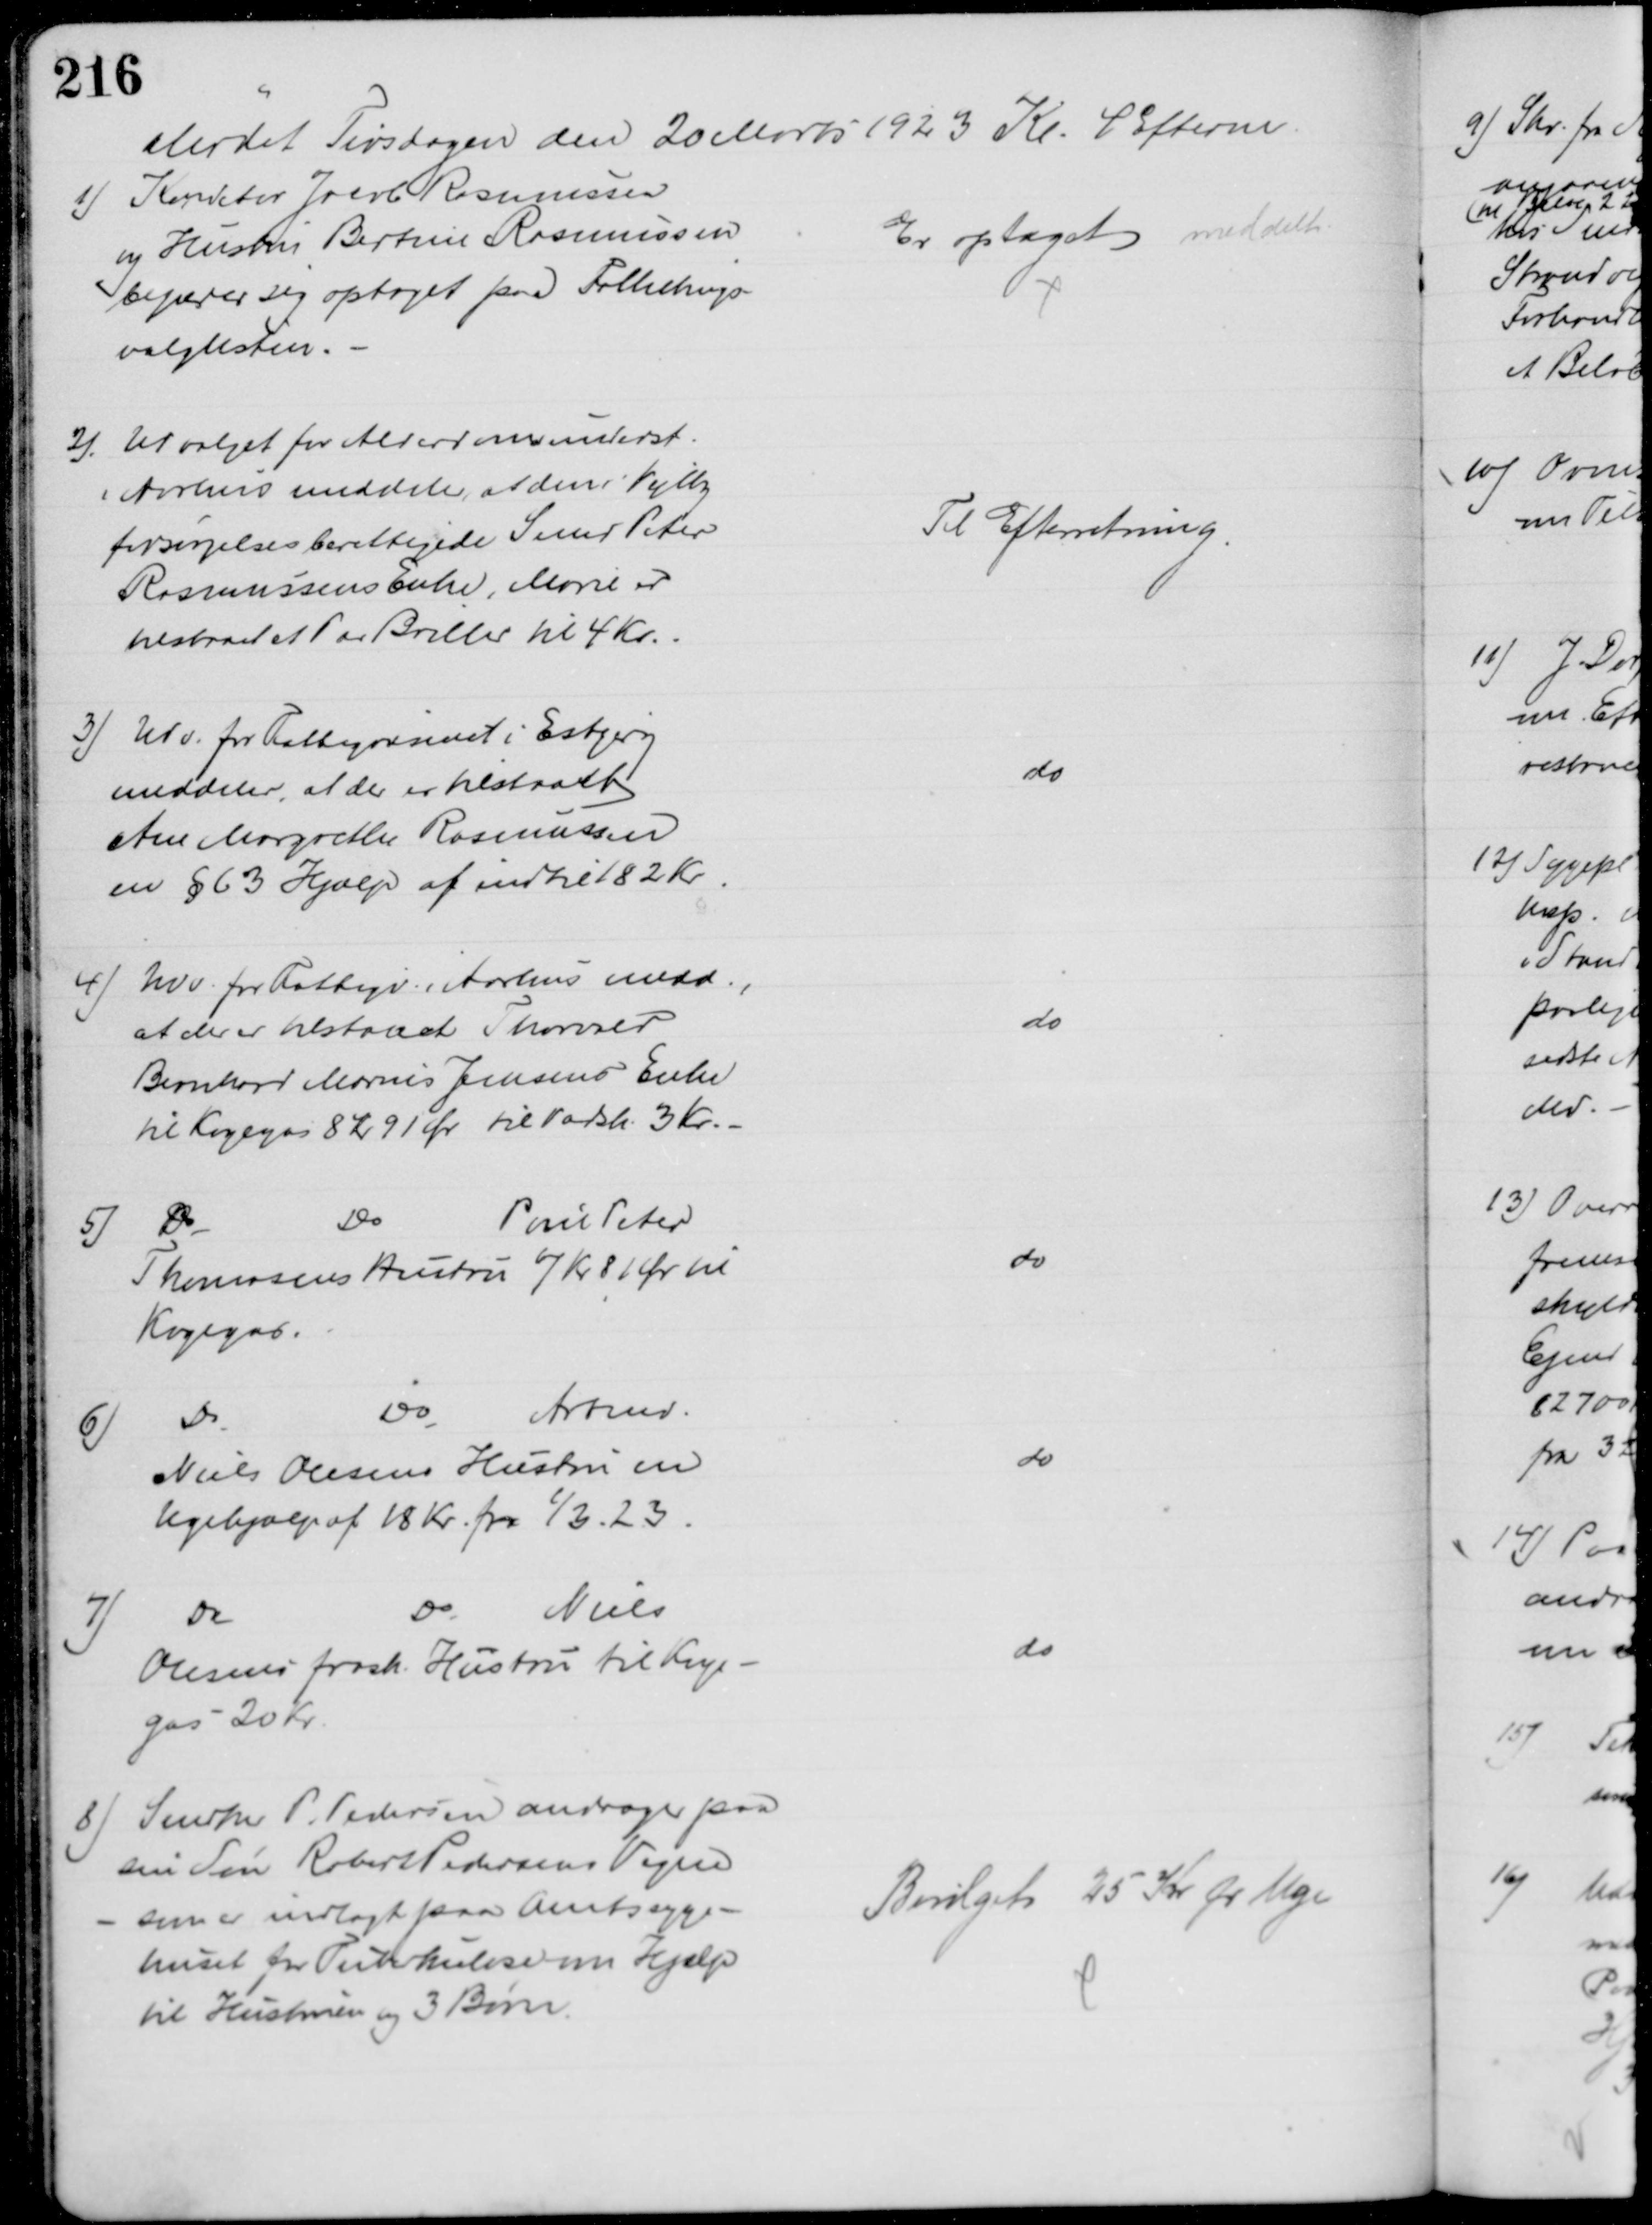
Transskription:
Mødet Tirsdagen den 20 Marts 1923 Kl. 4 Efterm.
1) Konditor Jacob Rasmussen
og Hustru Bertine Rasmussen
begærer sig optaget paa Folketings-
valglisten.
Er optaget
meddelt.
2). Udvalget for Alderdomsunderst.
i Aarhus meddeler, at den i Vejlby 
forsørgelsesberettigede Smed Peter
Rasmussens Enke, Marie er
tilstaaet et Par Briller til 4 Kr.
Til Efterretning
3) Udv. for Fattigvæsenet i Esbjerg
meddeler, at der er tilstaaet 
Ane Margrethe Rasmussen
en § 63 Hjælp af indtil 182 Kr
do
4) Udv. for Fattigv. i Aarhus medd.,
at der er tilstaaet Thorvald
Bernhard Marius Jensens Enke
til Kogegas 8 Kr 91 Ør til Vadsk 3 Kr.
do
5)
Do
Do
Poul Peter
Thomasens Hustru 7 Kr 81 Ør til
Kogegas
do
6)
Do
Do
Arbmd
Niels Olesens Hustru en
Ugehjælp af 18 Kr. fra 1/3. 23
do
7)
Do
Do
Niels
Olesens frask. Hustru til Koge
gas 20 Kr.
do
8) Snedker P. Pedersen andrager paa
sin Søn Robert Pedersens Vegne
- som er indlagt paa Amtssyge-
huset for Tuberkulose om Hjælp
til Hustruen og 3 Børn.
Bevilget 25 Kr pr Uge